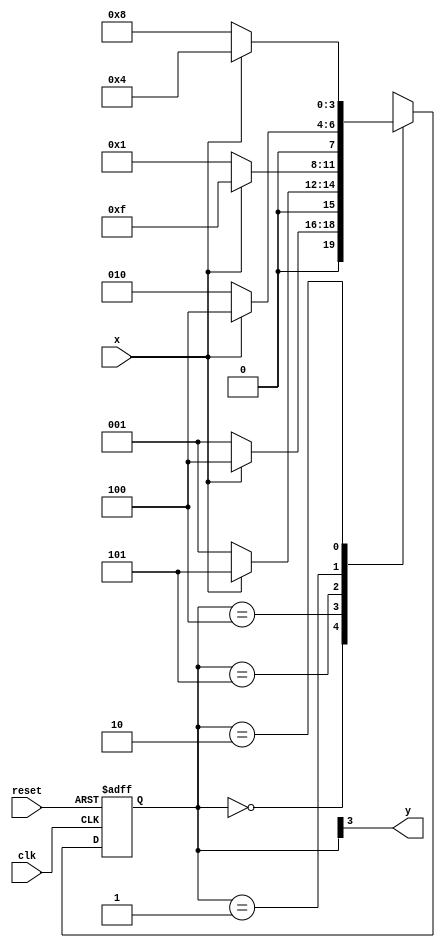
/*
Nome: Henrique Augusto Rodrigues
Matricula: 675263
Turno: Tarde
Guia 11
FSM_000or111.v
*/

// FSM

//constant definitions
`define found 1
`define notfound 0

//FSM
module fsm_000or111 (y, x, clk, reset);
output y;
input x;
input clk;
input reset;

reg y;

parameter    //state identifiers
start = 4'b0000,
id0   = 4'b0001,
id00  = 4'b0010,
id000 = 4'b1000, //signal found
id1   = 4'b0100,
id11  = 4'b0101,
id111 = 4'b1111;

reg[3:0] E1;//current state variables
reg[3:0] E2;//next state logic output

//next state logic
always @(x or E1)
begin
  case (E1)
  start:
    if (x)
      E2 = id1;
    else
      E2 = id0;
  id1:
    if (x)
      E2 = id11;
    else
      E2 = id0;
  id11:
    if (x)
      E2 = id111;
    else
      E2 = id0;
  id0:
    if (x)
      E2 = id1;
    else
      E2 = id00;
  id00:
    if (x)
      E2 = id1;
    else
      E2 = id000;
  default: //undefined state
    E2 = 4'bxxxx;
  endcase
end //always at signal or state changing

//state variables
always @ ( posedge clk or negedge reset )
  begin
  if (reset)
    E1=E2; //updates current state
  else
    E1=0; //reset
  end //always at signal changing

//output logic
always @ (E1)
  begin
  y=E1[3]; //first bit of state value (MOORE indicator)
end //always at state changing
endmodule //Moore_1101